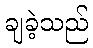
ချခဲ့သည်